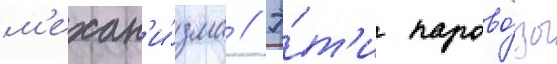
м'ехан'и́зма // Э́т'и парово́зы